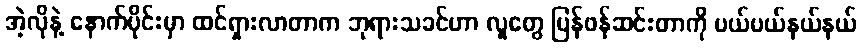
အဲ့လိုနဲ့ နောက်ပိုင်းမှာ ထင်ရှားလာတာက ဘုရားသခင်ဟာ လူတွေ ပြန်ဖန်ဆင်းတာကို ပယ်ပယ်နယ်နယ်